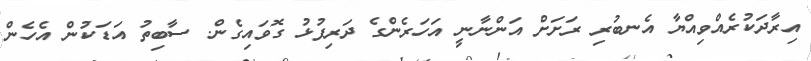
އިރާދަކުރެއްވިއްޔާ އެނބުރި ރަށަށް އަންނާނީ އަހަރެންގެ ދަރިފުޅު ގޮވައިިގެން. ސާބިތު އަޑަކުން އެހެން